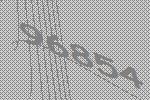
96854